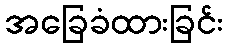
အခြေခံထားခြင်း